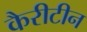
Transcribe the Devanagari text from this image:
कैरीटीन